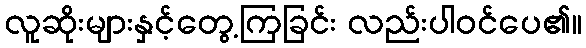
လူဆိုးများနှင့်တွေ့ကြခြင်း လည်းပါဝင်ပေ၏။